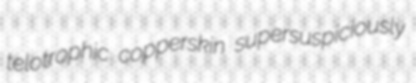
telotrophic copperskin supersuspiciously